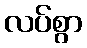
လပ်စွာ